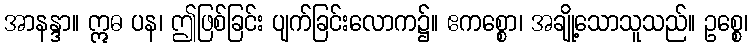
အာနန္ဒာ။ ဣဓ ပန၊ ဤဖြစ်ခြင်း ပျက်ခြင်းလောက၌။ ဧကစ္စော၊ အချို့သောသူသည်။ ဥစ္စေ၊